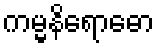
ကမ္မနိရောဓော